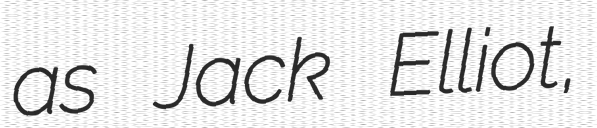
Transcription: as Jack Elliot,